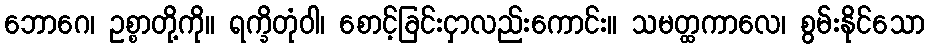
ဘောဂေ၊ ဥစ္စာတို့ကို။ ရက္ခိတုံဝါ၊ စောင့်ခြင်းငှာလည်းကောင်း။ သမတ္ထကာလေ၊ စွမ်းနိုင်သော